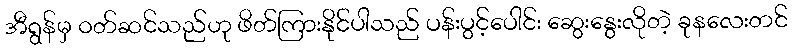
အီရွန်မှ ဝတ်ဆင်သည်ဟု ဖိတ်ကြားနိုင်ပါသည် ပန်းပွင့်ပေါင်း ဆွေးနွေးလိုတဲ့ ခုနလေးတင်